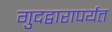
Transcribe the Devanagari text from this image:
गुदद्वारापर्यंत